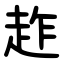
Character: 䞢